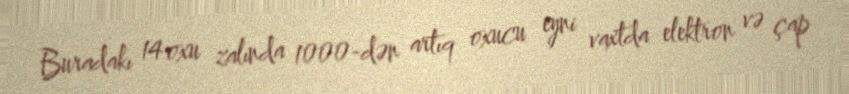
Buradakı 14 oxu zalında 1000-dən artıq oxucu eyni vaxtda elektron və çap